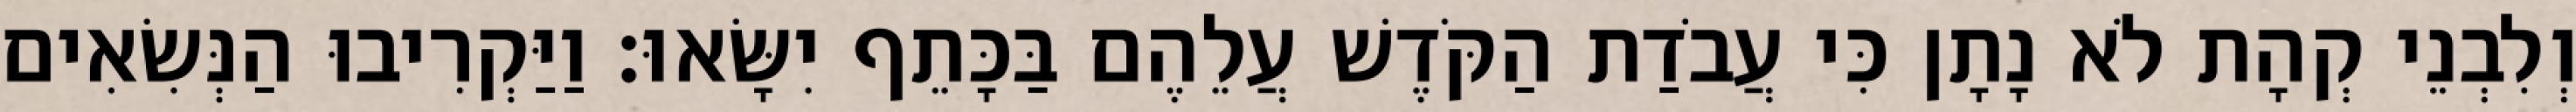
וְלִבְנֵי קְהָת לֹא נָתָן כִּי עֲבֹדַת הַקֹּדֶשׁ עֲלֵהֶם בַּכָּתֵף יִשָּׂאוּ׃ וַיַּקְרִיבוּ הַנְּשִׂאִים